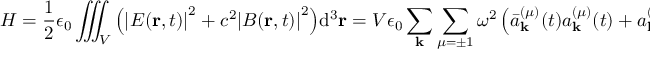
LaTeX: H = { \frac { 1 } { 2 } } \epsilon _ { 0 } \iiint _ { V } { \left( { { \left| E ( \mathbf { r } , t ) \right| } ^ { 2 } } + { { c } ^ { 2 } } { { \left| B ( \mathbf { r } , t ) \right| } ^ { 2 } } \right) } { { \mathrm { d } } ^ { 3 } } \mathbf { r } = V \epsilon _ { 0 } \sum _ { \mathbf { k } } \sum _ { \mu = \pm 1 } \omega ^ { 2 } \left( { \bar { a } } _ { \mathbf { k } } ^ { ( \mu ) } ( t ) a _ { \mathbf { k } } ^ { ( \mu ) } ( t ) + a _ { \mathbf { k } } ^ { ( \mu ) } ( t ) { \bar { a } } _ { \mathbf { k } } ^ { ( \mu ) } ( t ) \right) .